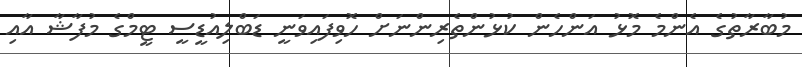
މުބާރާތުގެ އެންމެ މޮޅު އަންހެން ކުޅުންތެރިންނަށް ހޮވިފައިވަނީ ޑަބްލިއުޑީސީ ޓީމްގެ މުފާޝާ އާއި